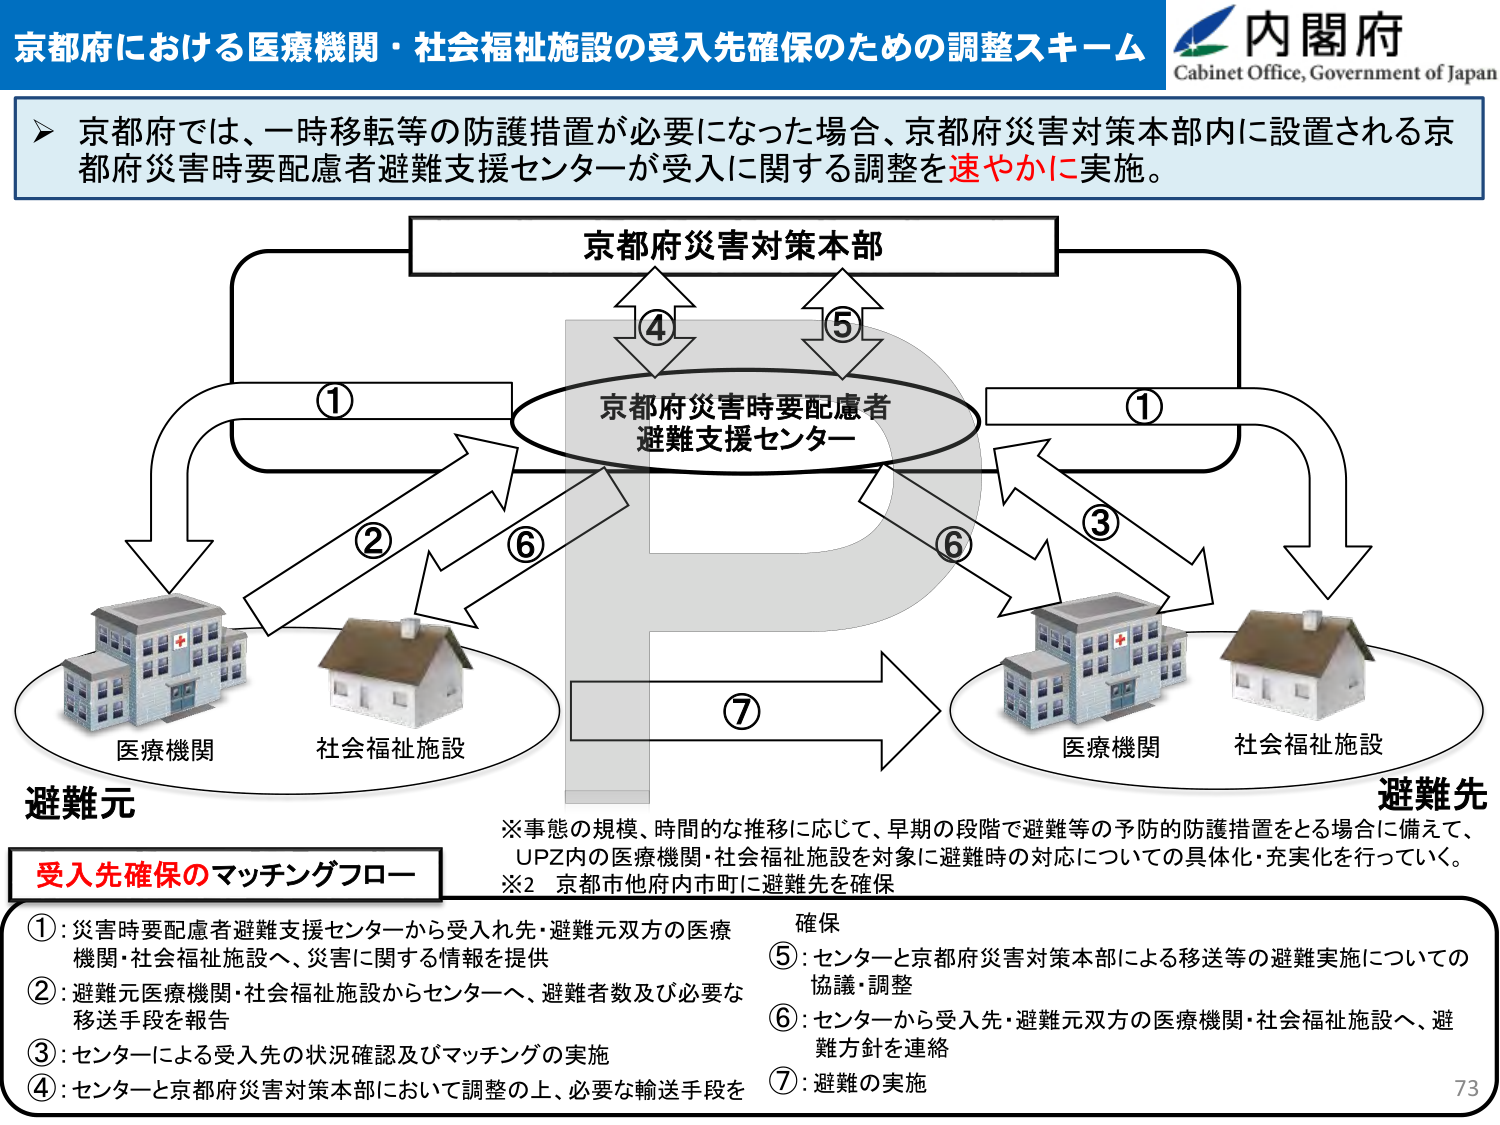
京都府における医療機関・社会福祉施設の受入先確保のための調整スキーム
内閣府
Cabinet Office, Government of Japan

京都府では、一時移転等の防護措置が必要になった場合、京都府災害対策本部内に設置される京都府災害時要配慮者避難支援センターが受入に関する調整を速やかに実施。

京都府災害対策本部
④
⑤
京都府災害時要配慮者
避難支援センター
①
②
⑥
③
⑥
①
医療機関
社会福祉施設
医療機関
社会福祉施設
避難元
避難先
※事態の規模、時間的な推移に応じて、早期の段階で避難等の予防的防護措置をとる場合に備えて、
UPZ内の医療機関・社会福祉施設を対象に避難時の対応についての具体化・充実化を行っていく。
※2 京都市他府内市町に避難先を確保
受入先確保のマッチングフロー
①：災害時要配慮者避難支援センターから受入れ先・避難元双方の医療機関・社会福祉施設へ、災害に関する情報を提供
②：避難元医療機関・社会福祉施設からセンターへ、避難者数及び必要な移送手段を報告
③：センターによる受入先の状況確認及びマッチングの実施
④：センターと京都府災害対策本部において調整の上、必要な輸送手段を確保
⑤：センターと京都府災害対策本部による移送等の避難実施についての協議・調整
⑥：センターから受入先・避難元双方の医療機関・社会福祉施設へ、避難方針を連絡
⑦：避難の実施
73